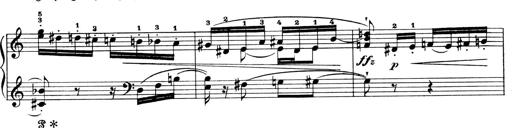
Title: 4 Sonatines
Composer: Max Reger